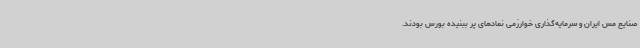
صنایع مس ایران و سرمایه‌گذاری خوارزمی نمادهای پر ببنیده بورس بودند.